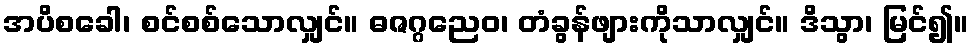
အပိစခေါ၊ စင်စစ်သောလျှင်။ ဓဇဂ္ဂညေဝ၊ တံခွန်ဖျားကိုသာလျှင်။ ဒိသွာ၊ မြင်၍။